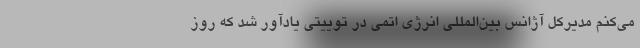
می‌کنم مدیرکل آژانس بین‌المللی انرژی اتمی در توییتی یادآور شد که روز